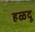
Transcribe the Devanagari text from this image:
हळदू